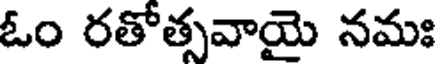
ఓం రతోత్సవాయై నమః